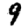
Digit: 9